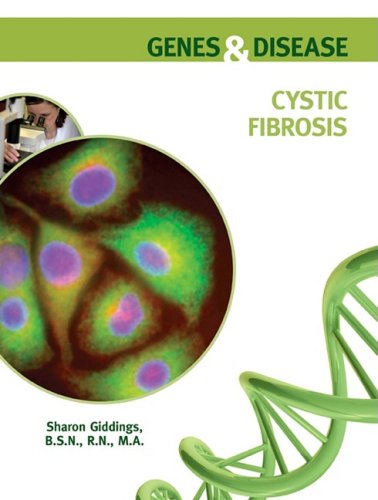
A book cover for Cystic Fibrosis (Genes and Disease); Sharon Giddings; Health, Fitness & Dieting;